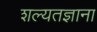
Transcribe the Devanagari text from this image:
शल्यतज्ञाना